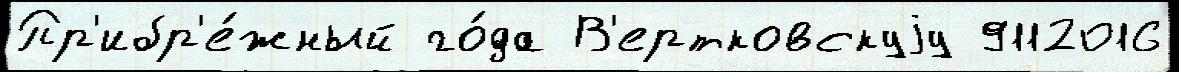
Пр'ибр'е́жный го́да В'ертковскуjу 9112016